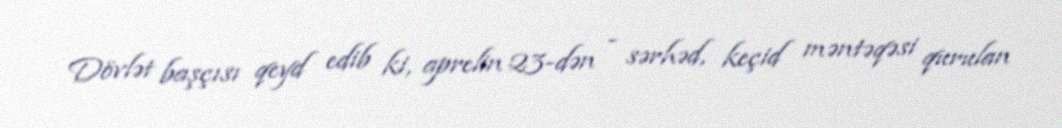
Dövlət başçısı qeyd edib ki, aprelin 23-dən - sərhəd, keçid məntəqəsi qurulan